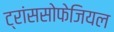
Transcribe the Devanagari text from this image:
ट्रांससोफेजियल